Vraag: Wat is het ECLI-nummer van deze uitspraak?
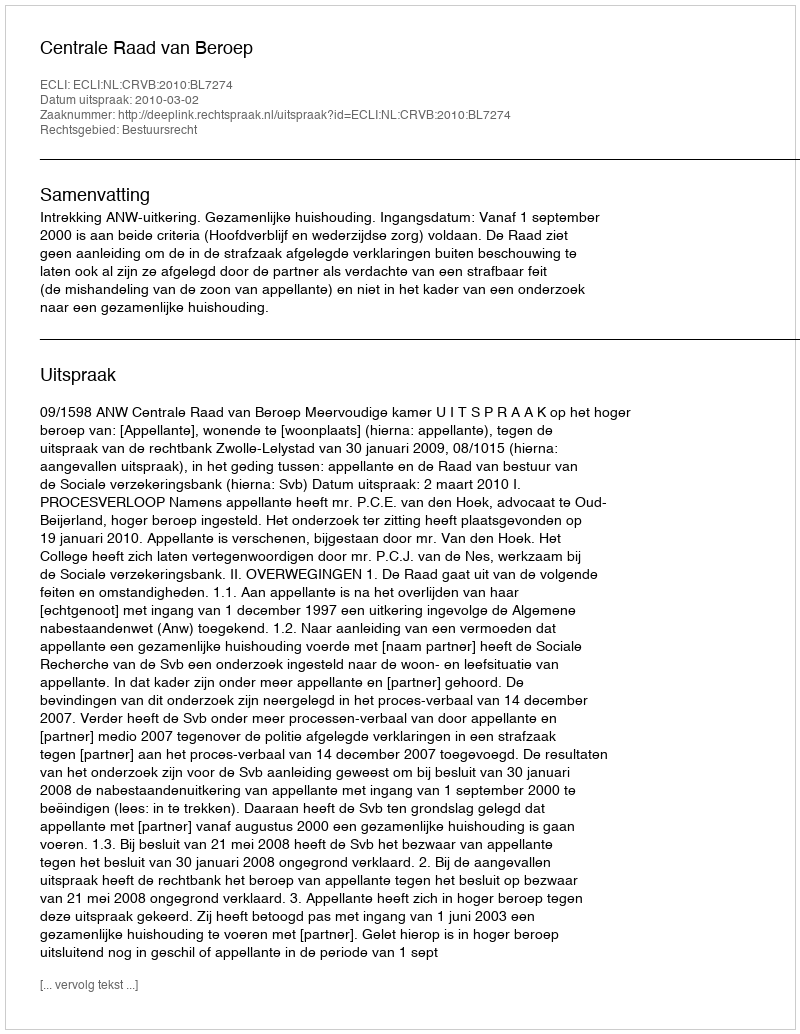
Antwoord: ECLI:NL:CRVB:2010:BL7274